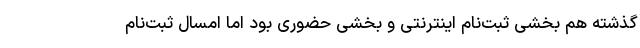
گذشته هم بخشی ثبت‌نام اینترنتی و بخشی حضوری بود اما امسال ثبت‌نام